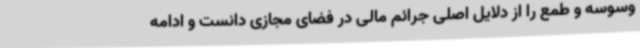
وسوسه و طمع را از دلایل اصلی جرائم مالی در فضای مجازی دانست و ادامه